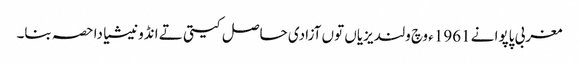
مغربی پاپوا نے 1961ء وچ ولندیزیاں توں آزادی حاصل کیتی تے انڈونیشیا دا حصہ بنا۔